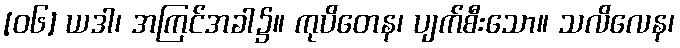
[၀၆] ယဒါ၊ အကြင်အခါ၌။ ကုပိတေန၊ ပျက်စီးသော။ သလိလေန၊